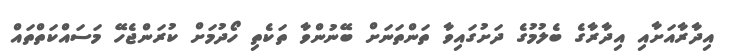
އިދާރާއަށާއި އިދާރާގެ ބެލުމުގެ ދަށުގައިވާ ތަންތަނަށް ބޭނުންވާ ތަކެތި ހޯދުމަށް ކުރަންޖެހޭ މަސައްކަތްތައް